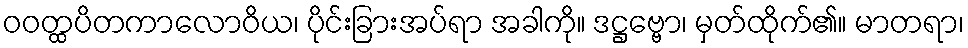
ဝဝတ္ထပိတကာလောဝိယ၊ ပိုင်းခြားအပ်ရာ အခါကို။ ဒဋ္ဌဗ္ဗော၊ မှတ်ထိုက်၏။ မာတရာ၊